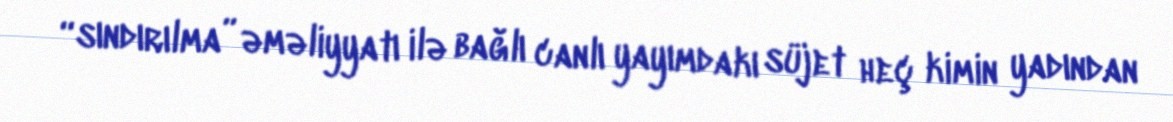
“sındırılma” əməliyyatı ilə bağlı canlı yayımdakı süjet heç kimin yadından